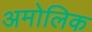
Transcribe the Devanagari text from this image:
अमोलिक